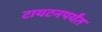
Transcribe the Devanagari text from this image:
टायटनपर्यंत